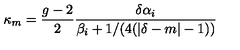
\kappa _ { m } = { \frac { g - 2 } { 2 } } { \frac { \delta \alpha _ { i } } { \beta _ { i } + 1 / ( 4 ( | \delta - m | - 1 ) ) } }